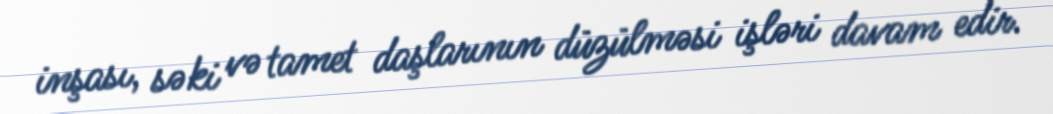
inşası, səki və tamet daşlarının düzülməsi işləri davam edir.